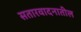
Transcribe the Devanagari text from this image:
सतारवादनातील